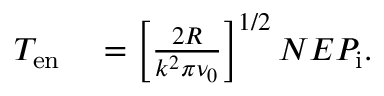
\begin{array} { r l } { T _ { \mathrm { e n } } } & { { } = \left[ \frac { 2 R } { k ^ { 2 } \pi \nu _ { 0 } } \right] ^ { 1 / 2 } N E P _ { \mathrm { i } } . } \end{array}